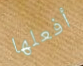
أفعلها